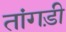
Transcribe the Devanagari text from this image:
तांगड़ी